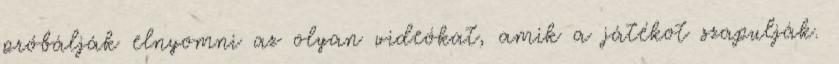
próbálják elnyomni az olyan videókat, amik a játékot szapulják.